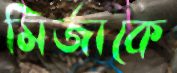
মির্জাকে